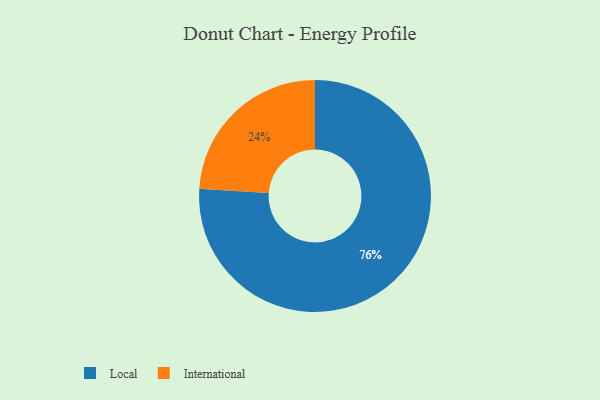
{"axis": {"x": "Category", "y": "Percentage"}, "legend": ["International", "Local"], "data": [{"x": "International", "y": 24, "type": "International"}, {"x": "Local", "y": 76, "type": "Local"}]}